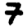
Digit: 7